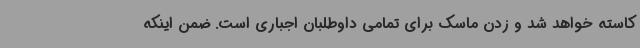
کاسته خواهد شد و زدن ماسک برای تمامی داوطلبان اجباری است. ضمن اینکه